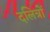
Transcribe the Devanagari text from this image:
दलित्रों